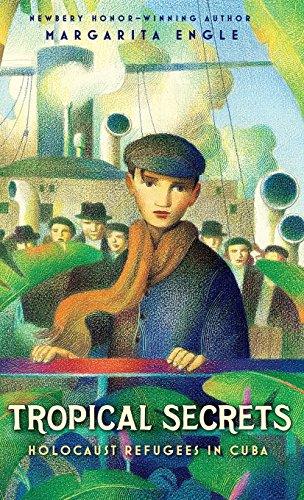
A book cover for Tropical Secrets: Holocaust Refugees in Cuba; Margarita Engle; Teen & Young Adult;